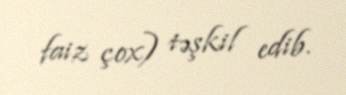
faiz çox) təşkil edib.